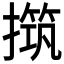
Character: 𰔧